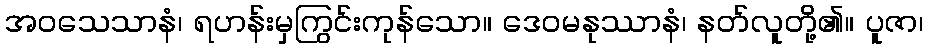
အဝသေသာနံ၊ ရဟန်းမှကြွင်းကုန်သော။ ဒေဝမနုဿာနံ၊ နတ်လူတို့၏။ ပူဇာ၊